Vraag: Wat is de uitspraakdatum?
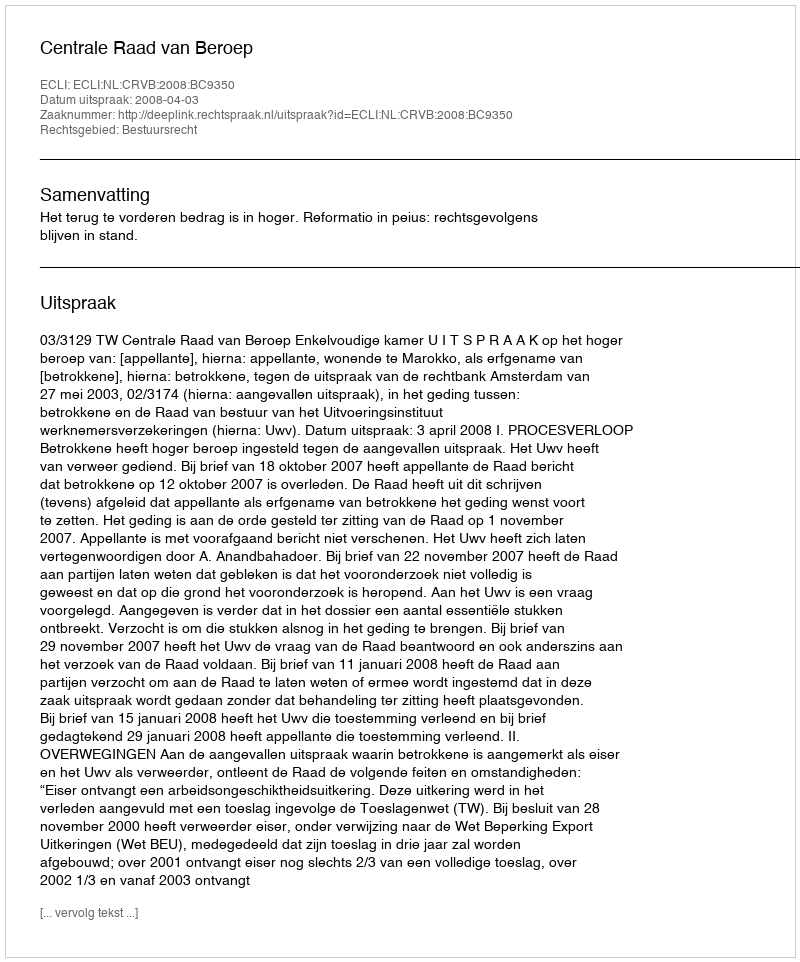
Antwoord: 2008-04-03